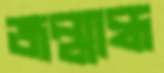
জন্মান্ধ